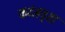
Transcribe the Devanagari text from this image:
कदंबवृक्ष